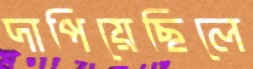
দাপিয়েছিলে